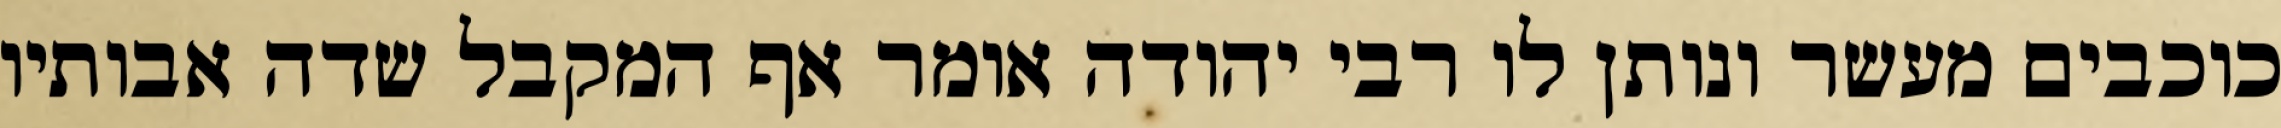
כוכבים מעשר ונותן לו רבי יהודה אומר אף המקבל שדה אבותיו